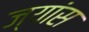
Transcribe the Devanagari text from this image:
ज्यांस